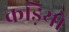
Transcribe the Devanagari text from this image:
कड़ियो